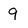
Character: 9